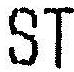
ST